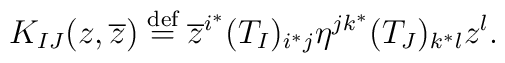
K_{IJ}(z,\overline z) \stackrel{\mbox{\scriptsize def}}{=}   \overline z^{i^*}(T_I)_{i^*j}\eta^{jk^*}(T_J)_{k^*l}z^l.